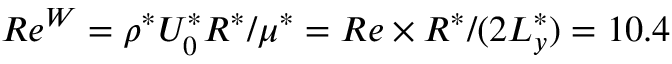
R e ^ { W } = \rho ^ { * } U _ { 0 } ^ { * } R ^ { * } / \mu ^ { * } = R e \times R ^ { * } / ( 2 L _ { y } ^ { * } ) = 1 0 . 4